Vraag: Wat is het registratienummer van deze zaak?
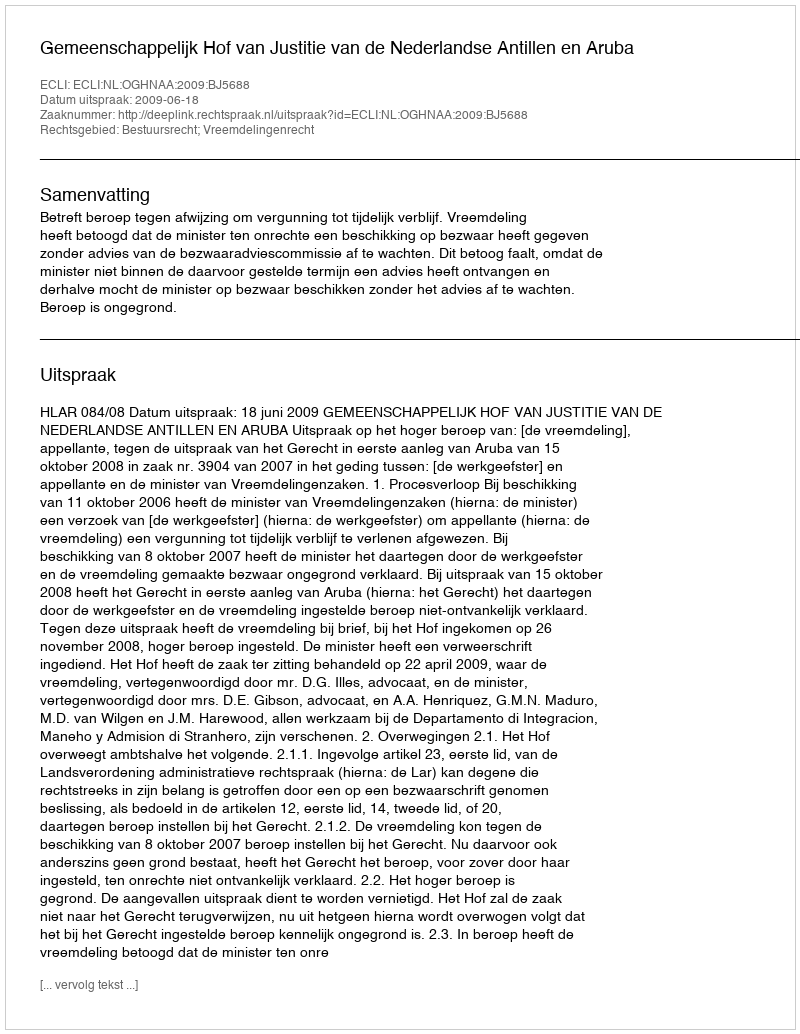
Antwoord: http://deeplink.rechtspraak.nl/uitspraak?id=ECLI:NL:OGHNAA:2009:BJ5688